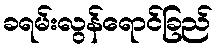
ခရမ်းလွန်ရောင်ခြည်